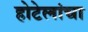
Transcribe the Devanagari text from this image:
होटेलांचा